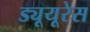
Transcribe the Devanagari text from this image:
ड्यूयूरेस